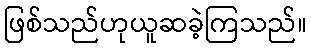
ဖြစ်သည်ဟုယူဆခဲ့ကြသည်။